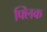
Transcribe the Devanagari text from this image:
फ्‍लिक